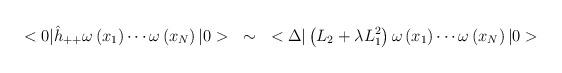
LaTeX: \begin{align*}<0|\hat{h}_{++}\omega\left( x_{1} \right)\cdots\omega\left( x_{N} \right)|0>~\sim ~<\Delta|\left( L_{2}+\lambda L^{2}_{1} \right)\omega\left( x_{1} \right)\cdots\omega\left( x_{N} \right)|0>\end{align*}